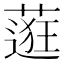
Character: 𬞅